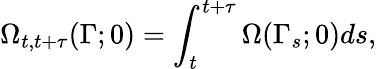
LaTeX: \Omega_{t,t+\tau}(\Gamma;0)=\int_{t}^{t+\tau}\Omega(\Gamma_{s};0)ds,